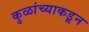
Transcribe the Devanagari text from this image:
कुळांच्याकडून